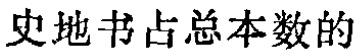
史地书占总本数的